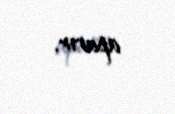
aparır.